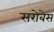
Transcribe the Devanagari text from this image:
सरोबेस